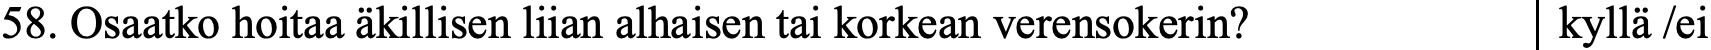
58. Osaatko hoitaa äkillisen liian alhaisen tai korkean verensokerin? kyllä /ei